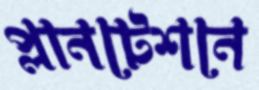
প্লানটেশনে